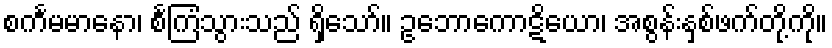
စင်္ကမမာနော၊ စင်္ကြံသွားသည် ရှိသော်။ ဥဘောကောဋိယော၊ အစွန်းနှစ်ဖက်တို့ကို။